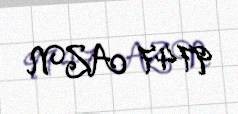
9747 AZN